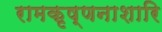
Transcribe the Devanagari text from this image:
रामकृष्णनाशारि